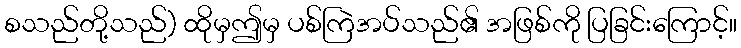
စသည်တို့သည်) ထိုမှဤမှ ပစ်ကြဲအပ်သည်၏ အဖြစ်ကို ပြခြင်းကြောင့်။